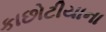
કાછોટીયાના